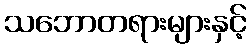
သဘောတရားများနှင့်